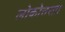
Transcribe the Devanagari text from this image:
लोकोत्तरता